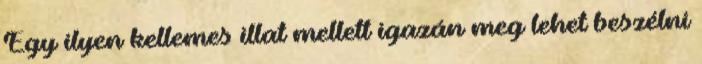
Egy ilyen kellemes illat mellett igazán meg lehet beszélni